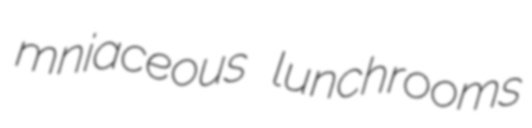
mniaceous lunchrooms